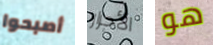
أصبحوا الأحرار هو